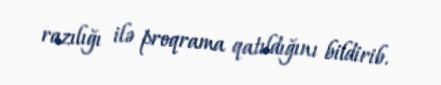
razılığı ilə proqrama qatıldığını bildirib.